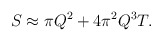
\begin{align*}S \approx \pi Q^2 + 4\pi^2 Q^3 T. \end{align*}